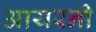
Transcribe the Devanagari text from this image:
आयरनी